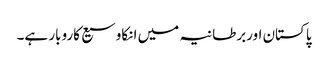
پاکستان اوربرطانیہ میں انکاوسیع کاروبار ہے۔